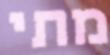
מתי